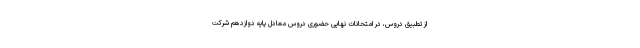
از تطبیق دروس، در امتحانات نهایی حضوری دروس معادل پایه دوازدهم شرکت